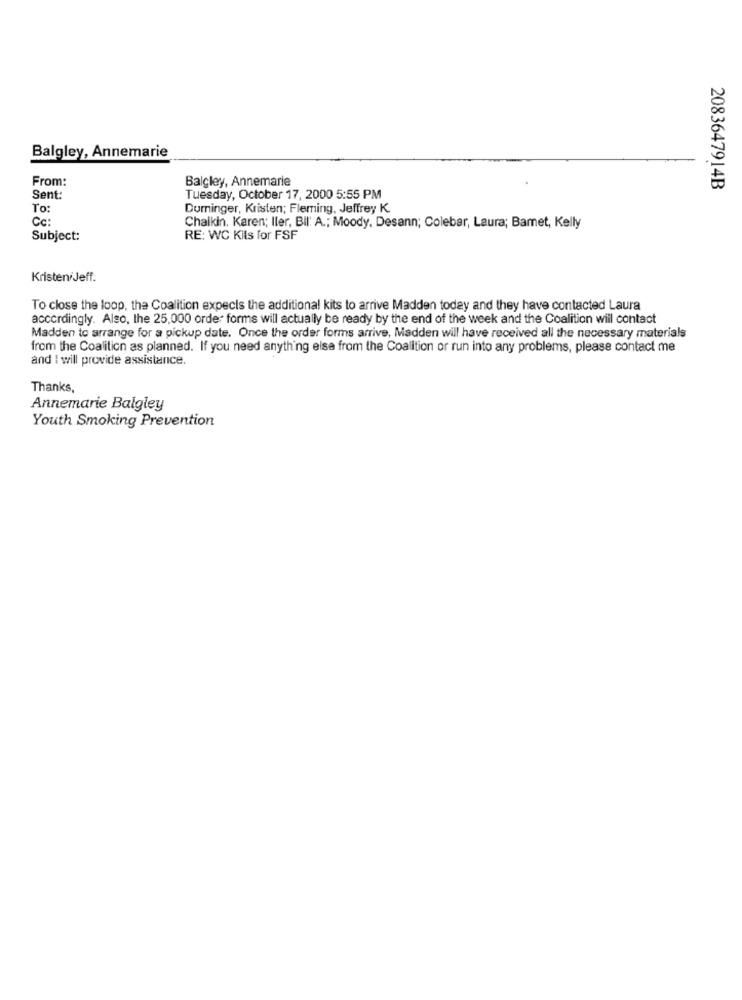
Balgley, Annemarie
From:
Balcley, Annemarie
2083647914B
Sent:
Tuesday, October 17, 2000 5:55 PM
To:
Durninger, Kristen; Fleming, Jeffrey K.
Cc:
Chaikin. Karen; ller, Bil: A .; Moody, Desann; Colebar, Laura; Bamet, Kelly
Subject:
RE: WC Kils for FSF
Kristen Jeff.
To close the loop, the Coalition expects the additional kits to arrive Madden today and they have contacted Laura
accordingly. Also, the 25,000 order forms will actually be ready by the end of the week and the Coalition will contact
Madden to arrange for a pickup date. Once the order forms arrive, Madden will have received all the necessary materials
from the Coalition as planned. If you need anything else from the Coalition or run into any problems, please contact me
and I will provide assistance.
Thanks,
Annemarie Balgley
Youth Smoking Prevention